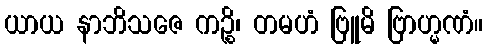
ယာယ နာဘိသဇေ ကဉ္စိ၊ တမဟံ ဗြူမိ ဗြာဟ္မဏံ။